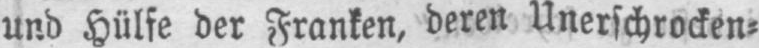
und Hülfe der Franken, deren Unerschrocken⸗